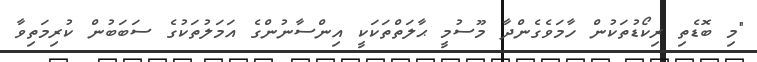
"މި ބޮޑެތި ރިކޯޑުތަކުން ހާމަވެގެންދާ މޫސުމީ ޙާލަތްތަކަކީ އިންސާނުންގެ އަމަލުތަކުގެ ސަބަބުން ކުރިމަތިވާ